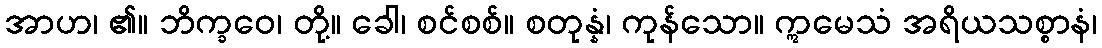
အာဟ၊ ၏။ ဘိက္ခဝေ၊ တို့။ ခေါ၊ စင်စစ်။ စတုန္နံ၊ ကုန်သော။ ဣမေသံ အရိယသစ္စာနံ၊